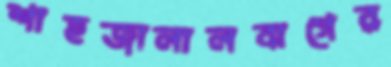
শাহজালালবাগের